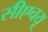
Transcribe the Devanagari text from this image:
सीएचयू